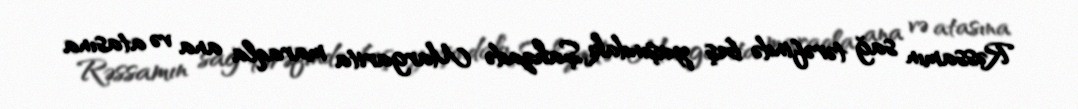
Rəssamın sağ tərəfində beş yaşındakı Şahzadə Margarita maraqla ana və atasına